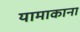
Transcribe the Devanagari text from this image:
यामाकाना